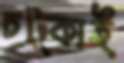
চট্‌কাই